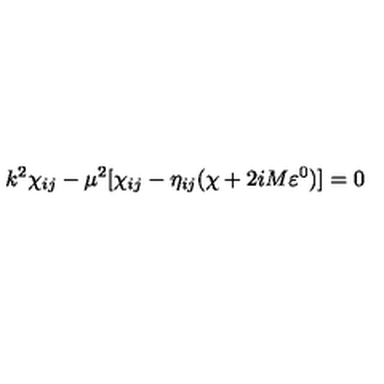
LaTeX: k ^ { 2 } \chi _ { i j } - \mu ^ { 2 } [ \chi _ { i j } - \eta _ { i j } ( \chi + 2 i M \varepsilon ^ { 0 } ) ] = 0